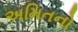
અમિતનો